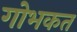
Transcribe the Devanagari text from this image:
गोभकत